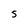
Character: 5